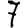
Digit: 7